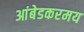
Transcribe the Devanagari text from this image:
आंबेडकरमय